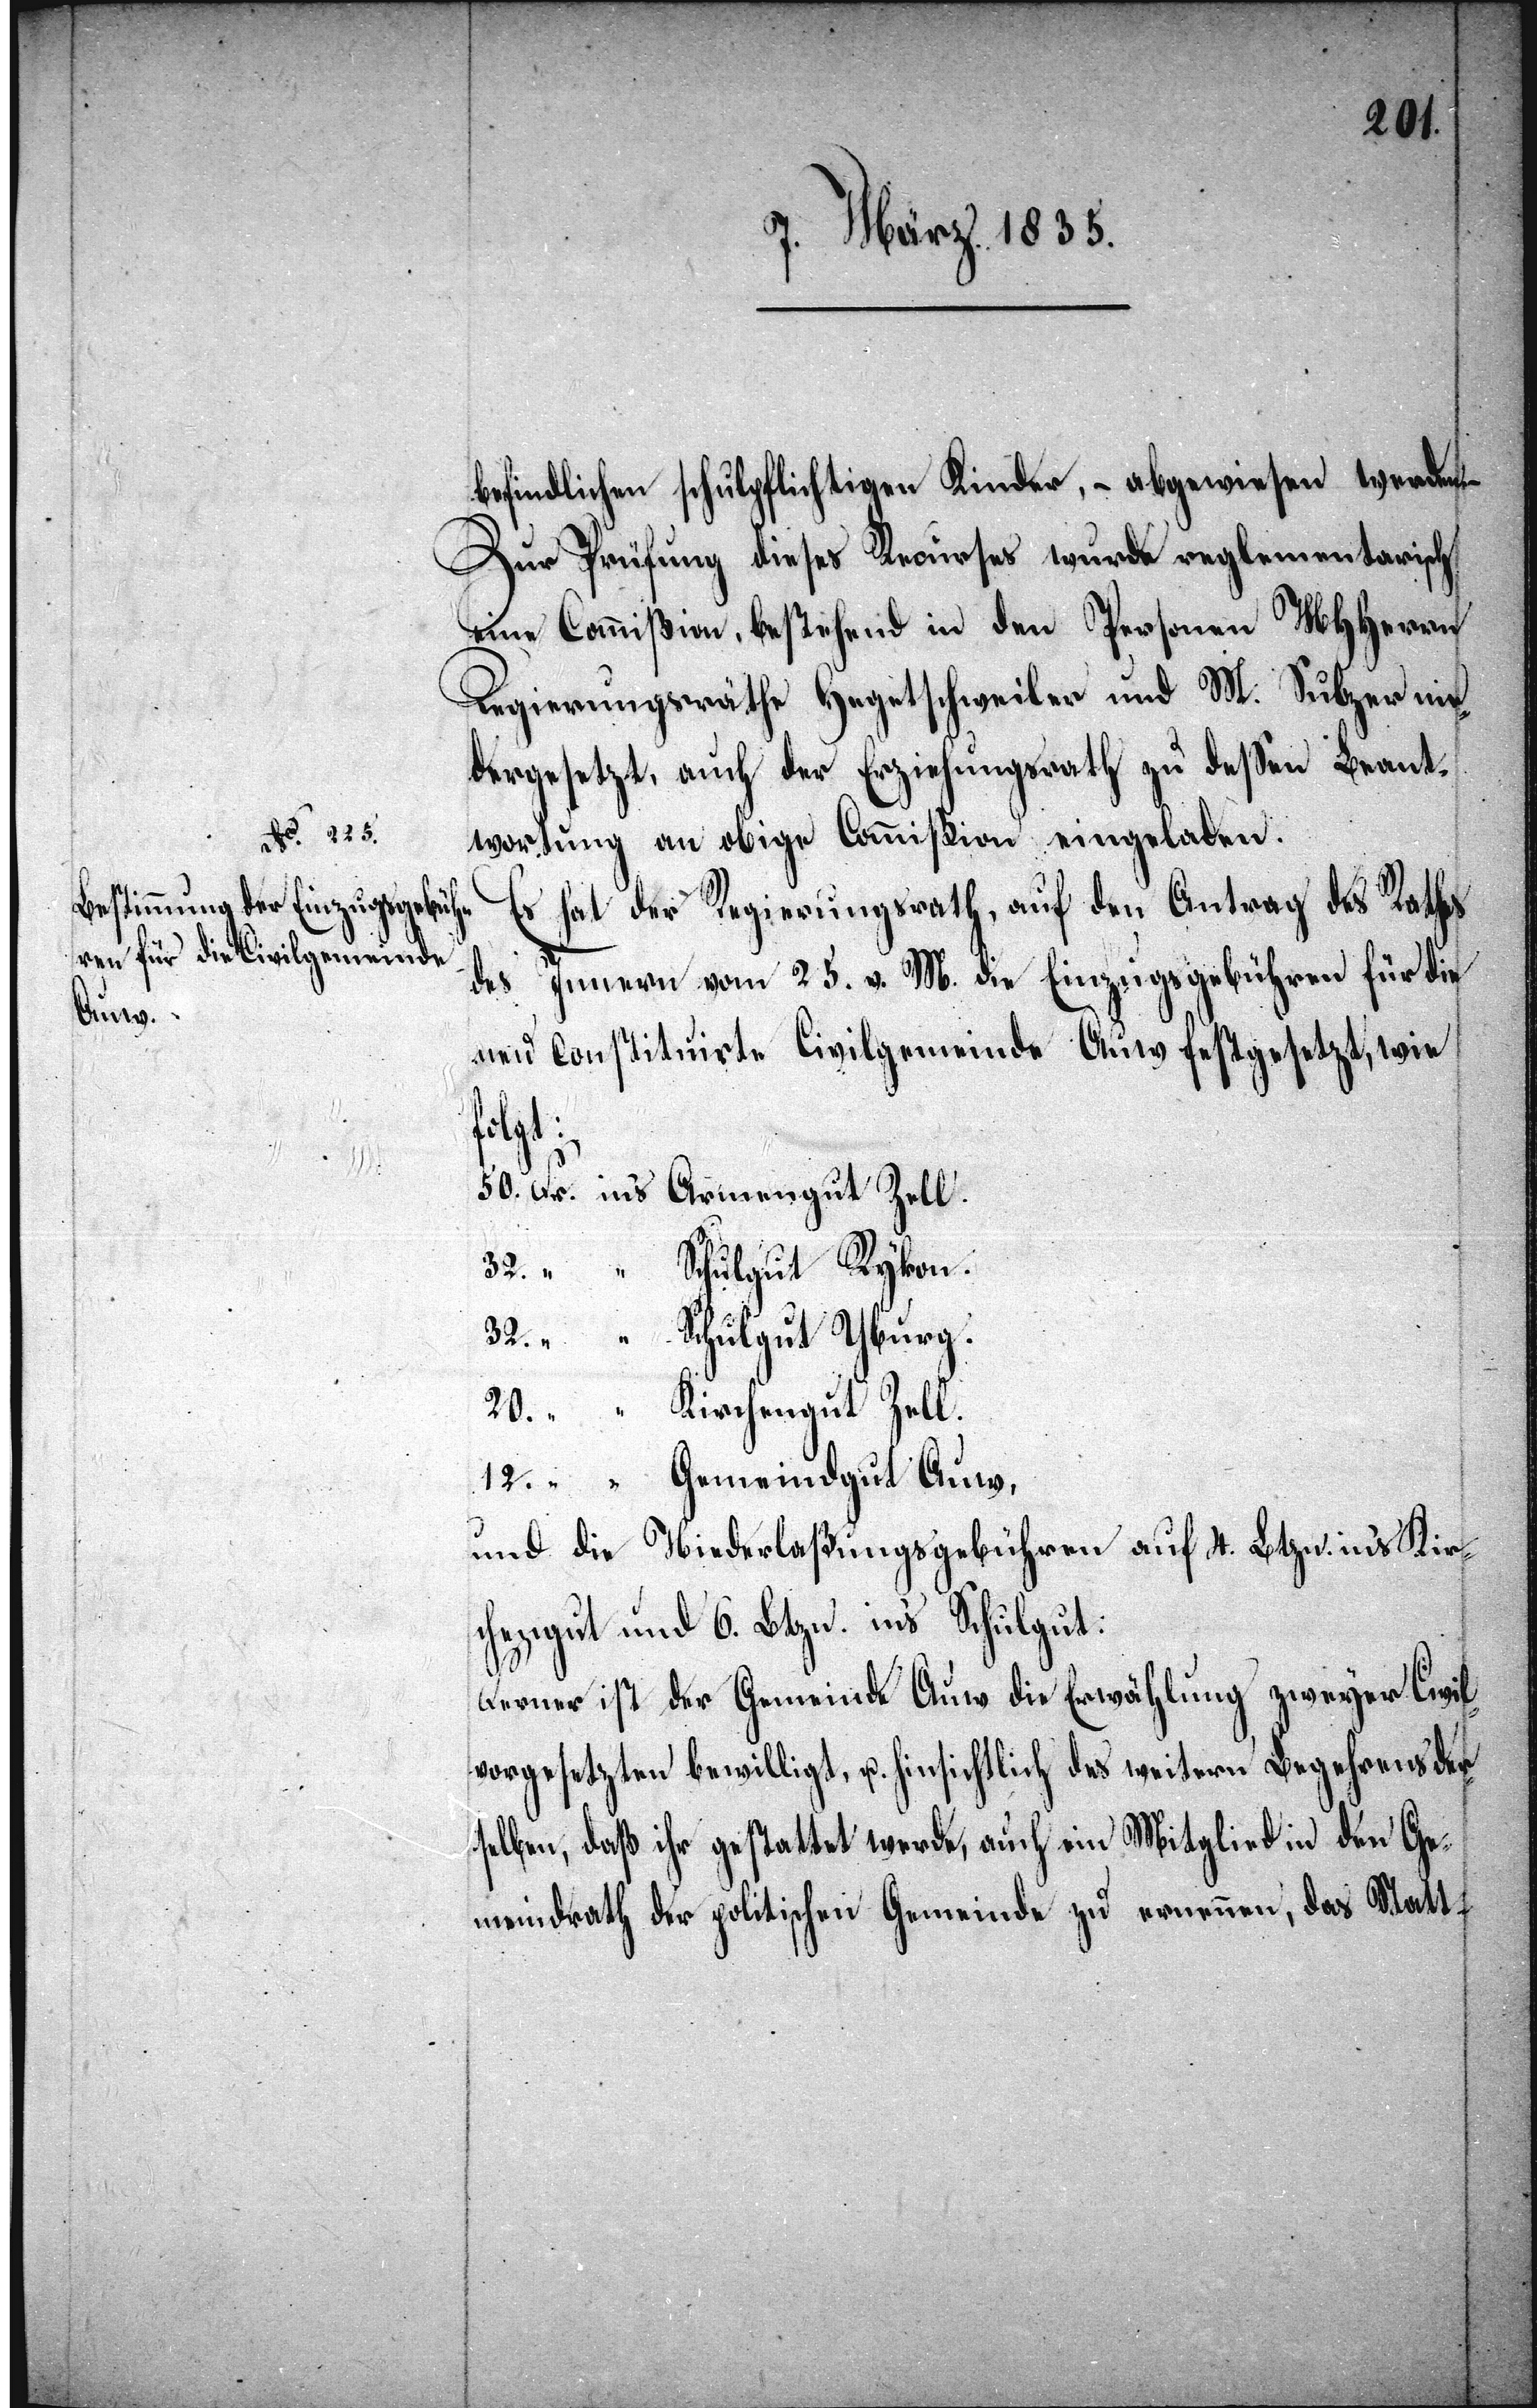
befindlichen schulpflichtigen Kinder, – abgewiesen werden.
Zur Prüfung dieses Recurses wurde reglementarisch
eine Commißion, bestehend in den Personen MHHerrn
Regierungsräthe Hegetschweiler und M. Sulzer ein¬
gesetzt, auch der Erziehungsrath zu deßen Beant¬
wortung an obige Commißion eingeladen.
Es hat der Regierungsrath, auf den Antrag des Rathes
des Innern vom 25. v. M. die Einzugsgebühren für die
neu constituirte Civilgemeinde Auw festgesetzt, wie
folgt:
50. Fr. ins Armengut Zell.
32. “ “ Schulgut Rykon.
32. “ “ Schulgut Uburg.
20. “ “ Kirchengut Zell.
12. “ “ Gemeindgut Auw,
und die Niederlaßungsgebühren auf 4. Btzn. in’s Kirc¬
hengut und 6. Btzn. in’s Schulgut:
Ferner ist der Gemeinde Auw die Erwählung zweyer Civil¬
vorgesetzter bewilligt, u. hinsichtlich des weitern Begehrens der¬
selben, daß ihr gestattet werde, auch ein Mitglied in den Ge¬
meindrath der politischen Gemeinde zu ernennen, das Statt-